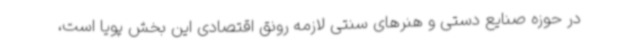
در حوزه صنایع دستی و هنرهای سنتی لازمه رونق اقتصادی این بخش پویا است،